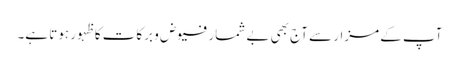
آپ کے مزار سے آج بھی بے شمار فیوض و برکات کا ظہور ہوتا ہے۔